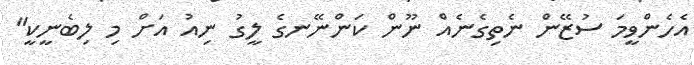
އެހެންވީމަ ސުޒޭން ނެތިގެނެއް ނޫން ކަންނޭނގެ ލީގު ނިއު އަށް މި ލިބެނީކީ"